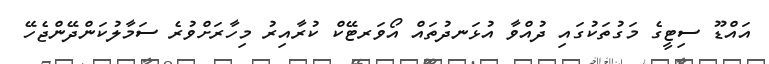
އައްޑޫ ސިޓީގެ މަގުތަކުގައި ދުއްވާ އުޅަނދުތައް އޯވަރޓޭކް ކުރާއިރު މިހާރަށްވުރެ ސަމާލުކަންދޭންޖެހޭ